Civil Veterinary Department Bengal reports 1923-33 - 1923-1933
Year: 1923
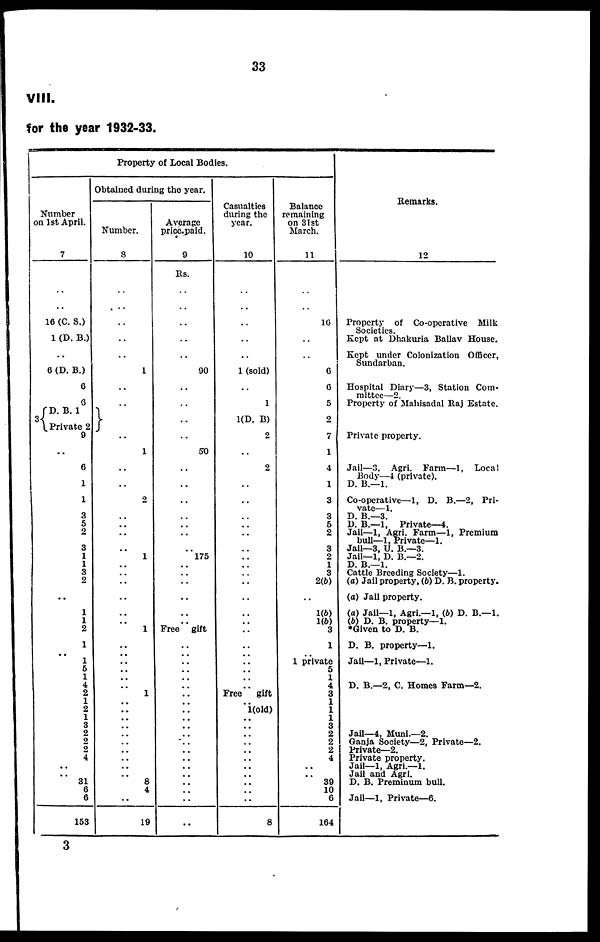
33
VIII.
for the year 1932-33.
Property of Local Bodies.
Number
on 1st April.
7
..
..
16 (C. S.)
1 (D. B.)
6 (D. B.)
6
6
D. B. 1
3 Private 2
9
6
1
1
3
5
2
3
1
1
3
2
..
1
1
2
1
1
5
1
4
2
1
2
1
3
2
2
2
4
..
.. 31
6
6
153
Obtained during the year.
Number.
8
..
..
..
1
..
..
..
1
..
..
2
..
..
..
..
1
..
..
..
..
..
..
1
..
..
..
..
..
1
..
..
..
..
..
..
..
..
..
..
8
4
..
19
Average
price paid.
9
Rs.
..
..
..
90
..
..
..
50
..
..
..
..
..
..
..
175
..
..
..
..
..
.. Free gift
..
..
..
..
..
..
..
..
..
..
..
..
..
..
..
..
..
..
..
..
Casualties
during the
year.
10
..
..
..
1 (sold)
..
1
1(D. B)
2
..
2
..
..
..
..
..
..
..
..
..
..
..
..
..
..
..
..
..
..
.. Free gift
1(old)
..
..
..
..
..
..
..
..
..
..
8
Balance
remaining
on 31st
March.
11
..
16
..
6
6
5
2
7
1
4
1
3
3
6
2
3
2
1
3
2(6)
..
1(6)
1(6)
3
1
1 private
5
1
4
3
1
1
1
3
2
2
2
4
..
.. 39
10
6
164
Remarks.
12
Property of Co-operative Milk
Societies.
Kept at Dhakuria Ballav House.
Kept under Colonization Officer,
Sundarban.
Hospital Diary—3, Station Com-
mittee—2.
Property of Mahisadal Raj Estate.
Private property.
Jail—3. Agri. Farm—1, Local
Body—4 (private).
D. B.—1.
Co-operative—1, D. B.—2, Pri-
vate—1.
D. B.—3.
D. B.—1, Private—4.
Jail—1, Agri. Farm—1, Premium
bull—1, Private—1.
Jail—3, U. B.—3.
Jail—1, D. B.—2.
D. B.—1.
Cattle Breeding Society—1.
(a) Jail property, (6) D. B. property.
(a) Jail property.
(a) Jail—1, Agri.—1, (b) D. B.—1.
(b) D. B. property—1.
*Given to D. B.
D. B. property—1.
Jail— 1, Private—1.
D. B.—2, C. Homes Farm—2.
Jail—4, Muni.—2.
Ganja Society—2, Private—2.
Private—2.
Private property.
Jail—1, Agri.—1.
Jail and Agri.
D. B. Preminum bull.
Jail—1, Private—6.
3